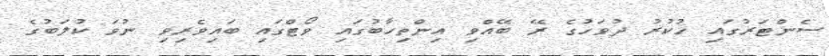
ސެންޓަރުގައި ހުކުރު ދުވަހުގެ ރޭ ބޭއްވި އިންތިހާބުގައި ވޯޓްގައި ބައިވެރިވި ނުވަ ކުލަބުގެ